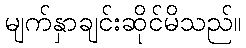
မျက်နှာချင်းဆိုင်မိသည်။